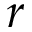
\boldsymbol { r }